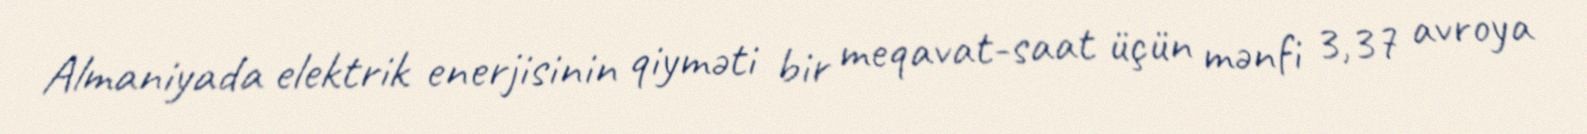
Almaniyada elektrik enerjisinin qiyməti bir meqavat-saat üçün mənfi 3,37 avroya